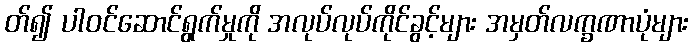
တ်၍ ပါဝင်ဆောင်ရွက်မှုကို အလုပ်လုပ်ကိုင်ခွင့်များ အမှတ်လက္ခဏာပုံများ